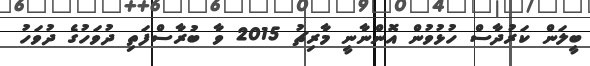
ބީލަން ކަރުދާސް ހުޅުވުން އޮންނާނީ މާރިޗު 2015 ވާ ބުރާސްފަތި ދުވަހުގެ ދުވަހު